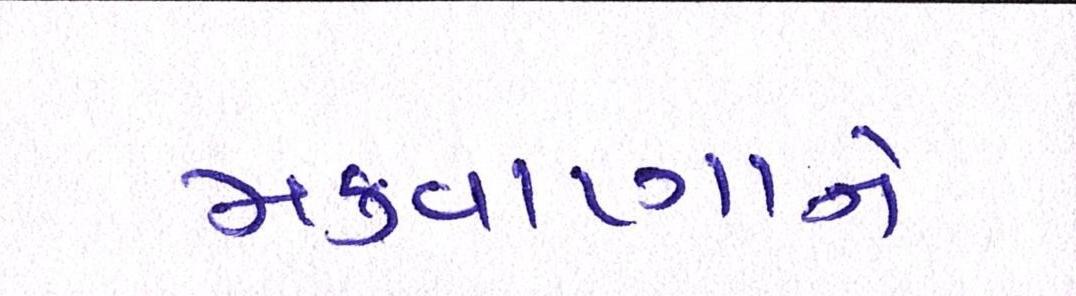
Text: મકવાણાને